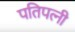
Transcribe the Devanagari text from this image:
पतिपत्‍नी